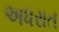
અધરાત